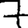
Digit: 7